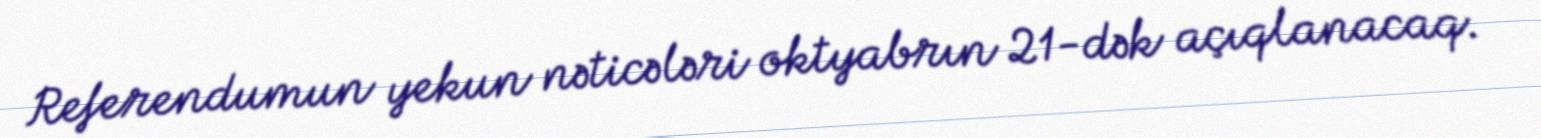
Referendumun yekun nəticələri oktyabrın 21-dək açıqlanacaq.